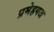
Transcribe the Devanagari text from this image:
प्रमेहगज